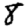
Digit: 8